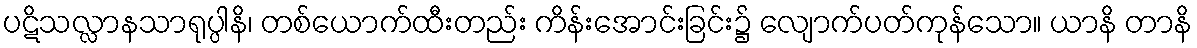
ပဋိသလ္လာနသာရုပ္ပါနိ၊ တစ်ယောက်ထီးတည်း ကိန်းအောင်းခြင်း၌ လျောက်ပတ်ကုန်သော။ ယာနိ တာနိ